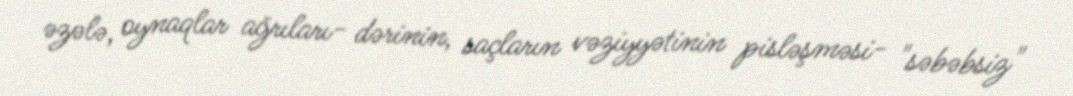
əzələ, oynaqlar ağrıları- dərinin, saçların vəziyyətinin pisləşməsi- "səbəbsiz"